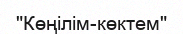
"Көңілім-көктем"